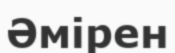
Әмірен